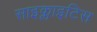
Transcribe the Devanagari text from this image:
साइक्लाइटिस